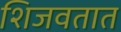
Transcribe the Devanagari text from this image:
शिजवतात